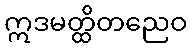
ဣဒမတ္ထိတညေဝ